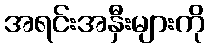
အရင်းအနှီးများကို